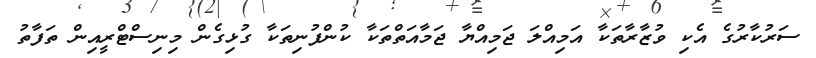
ސަރުކާރުގެ އެކި ވުޒާރާތަކާ އަމިއްލަ ޖަމިއްޔާ ޖަމާއަތްތަކާ ކުންފުނިތަކާ ގުޅިގެން މިނިސްޓްރީއިން ތަފާތު